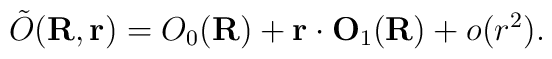
\tilde{O}({\bf R}, {\bf r})= O_{0}({\bf R}) + {\bf r} \cdot{\bf O}_{1}({\bf R})                      +o(r^{2}).